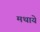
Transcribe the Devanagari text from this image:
मथाये